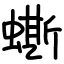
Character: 蟖